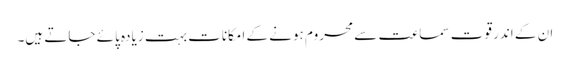
ان کے اندر قوت سماعت سے محروم ہونے کے امکانات بہت زیادہ پائے جاتے ہیں۔